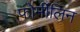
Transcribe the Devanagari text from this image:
फोर्मीलिन